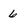
Character: 6